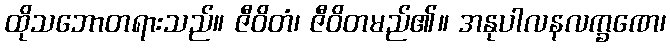
ထိုသဘောတရားသည်။ ဇီဝိတံ၊ ဇီဝိတမည်၏။ အနုပါလနလက္ခဏေ၊